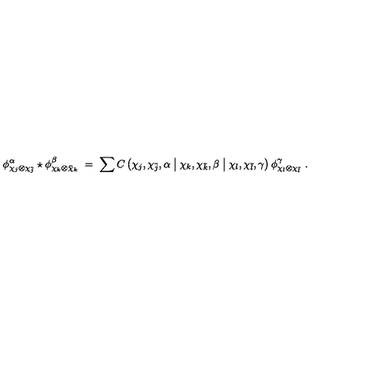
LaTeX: \phi _ { \chi _ { j } \otimes \chi _ { \bar { j } } } ^ { \alpha } \star \phi _ { \chi _ { k } \otimes \bar { \chi } _ { k } } ^ { \beta } \ = \ \sum C \left( \chi _ { j } , \chi _ { \bar { j } } , \alpha \bigm | \chi _ { k } , \chi _ { \bar { k } } , \beta \bigm | \chi _ { l } , \chi _ { \bar { l } } , \gamma \right) \phi _ { \chi _ { l } \otimes \chi _ { \bar { l } } } ^ { \gamma } \ .